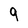
Character: 9